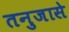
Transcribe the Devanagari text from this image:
तनुजासे